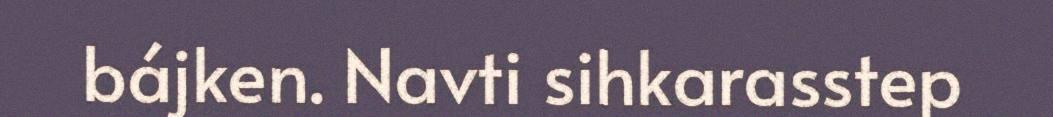
bájken. Navti sihkarasstep